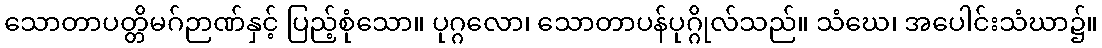
သောတာပတ္တိမဂ်ဉာဏ်နှင့် ပြည့်စုံသော။ ပုဂ္ဂလော၊ သောတာပန်ပုဂ္ဂိုလ်သည်။ သံဃေ၊ အပေါင်းသံဃာ၌။